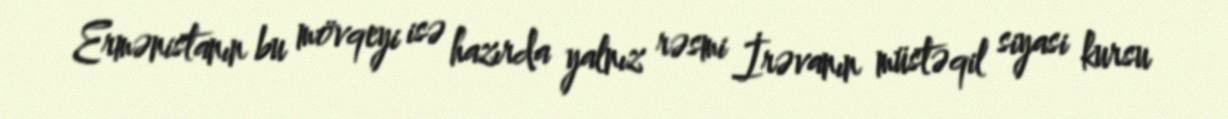
Ermənistanın bu mövqeyi isə hazırda yalnız rəsmi İrəvanın müstəqil siyasi kursu